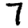
Digit: 7